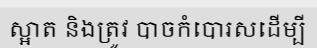
ស្អាត និងត្រូវ បាចកំបោរសដើម្បី